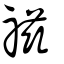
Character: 禌